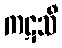
ကဋသီ